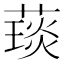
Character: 𦼓